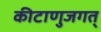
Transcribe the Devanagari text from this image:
कीटाणुजगत्